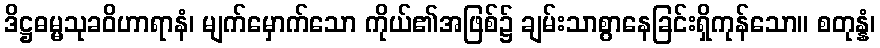
ဒိဋ္ဌဓမ္မသုခဝိဟာရာနံ၊ မျက်မှောက်သော ကိုယ်၏အဖြစ်၌ ချမ်းသာစွာနေခြင်းရှိကုန်သော။ စတုန္နံ၊